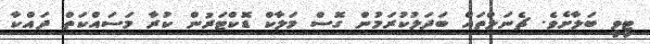
ޓީވީ ބަލާށެވެ. ޗެނަލްތައް ބަދަލުކުރަމުން ގޮސް މަލާކް ޑޮކްޓަރުން ކުރާ މަސައްކަތް ދައްކާ